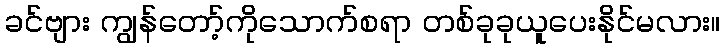
ခင်ဗျား ကျွန်တော့်ကိုသောက်စရာ တစ်ခုခုယူပေးနိုင်မလား။